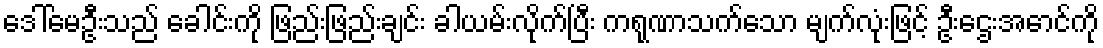
ဒေါ်မေဦးသည် ခေါင်းကို ဖြည်းဖြည်းချင်း ခါယမ်းလိုက်ပြီး ကရုဏာသက်သော မျက်လုံးဖြင့် ဦးဌေးအောင်ကို